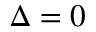
\Delta = 0